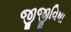
જીજીવિષા